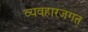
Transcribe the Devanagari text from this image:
व्यवहारजगत्‌